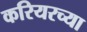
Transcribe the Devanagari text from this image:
करियरच्या